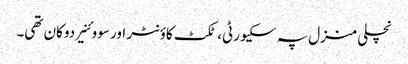
نچلی منزل پہ سکیورٹی، ٹکٹ کاؤنٹر اور سووئنیر دوکان تھی۔